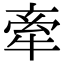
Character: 牽